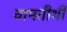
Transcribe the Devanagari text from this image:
वामतीर्थी